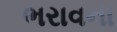
ભરાવના